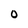
Character: 0